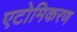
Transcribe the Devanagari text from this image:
एटोमिकरण